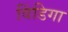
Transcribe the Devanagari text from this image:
विंडिगा